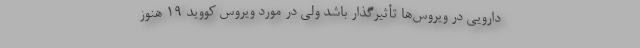
دارویی در ویروس‌ها تأثیرگذار باشد ولی در مورد ویروس کووید ۱۹ هنوز